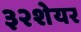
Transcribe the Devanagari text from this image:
३२शेयर